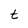
Character: t